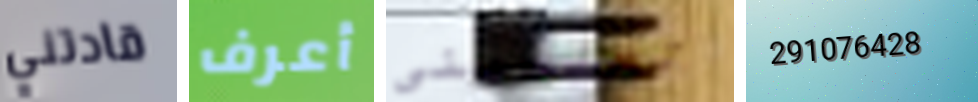
قادتني أعرف تعلميني 291076428